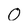
Character: 0